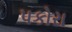
પકોરા